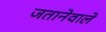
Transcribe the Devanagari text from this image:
जतानेवाले